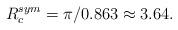
LaTeX: \begin{align*}R_c^{sym}=\pi/0.863 \approx 3.64.\end{align*}